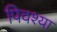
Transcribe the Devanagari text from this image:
पिवश्या